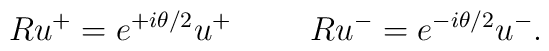
Ru^{+} = e^{+ i \theta /2}u^{+} \hspace{1cm} Ru^{-} = e^{- i \theta /2}u^{-}.